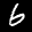
Label: 6